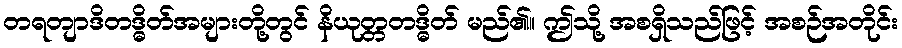
တရတျာဒိတဒ္ဓိတ်အများတို့တွင် နိယုတ္တတဒ္ဓိတ် မည်၏။ ဤသို့ အစရှိသည်ဖြင့် အစဉ်အတိုင်း